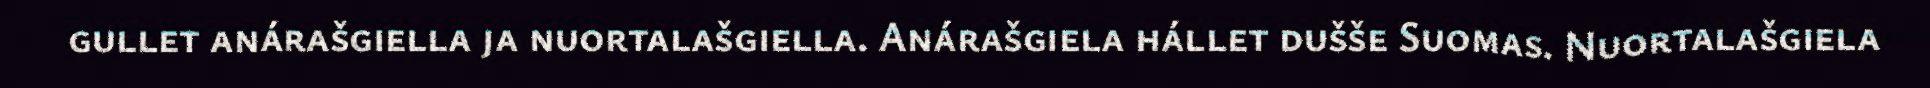
gullet anárašgiella ja nuortalašgiella. Anárašgiela hállet dušše Suomas. Nuortalašgiela